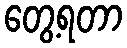
တွေ့ရတာ